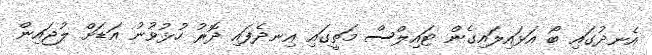
އެނދުގައި ބޯ އަޅައިލައިގެން ޓައިލްސް މަތީގައި އިނދެފައި ދޮރު ހުޅުވުނު އަޑަށް ލުޖައިން